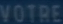
VOTRE